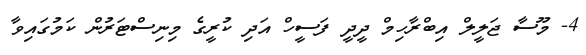
4- މޫސާ ޖަލީލް އިބްރާހިމް ދީދީ ފަސީހް އަދި ކުރީގެ މިނިސްޓަރުން ކަމުގައިވާ